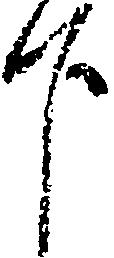
下